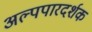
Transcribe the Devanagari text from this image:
अल्पपारदर्शक